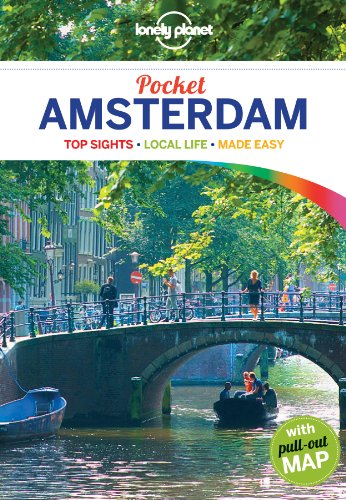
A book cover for Lonely Planet Pocket Amsterdam (Travel Guide); Lonely Planet; Travel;